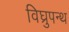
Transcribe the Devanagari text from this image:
विघ्रुपन्थ